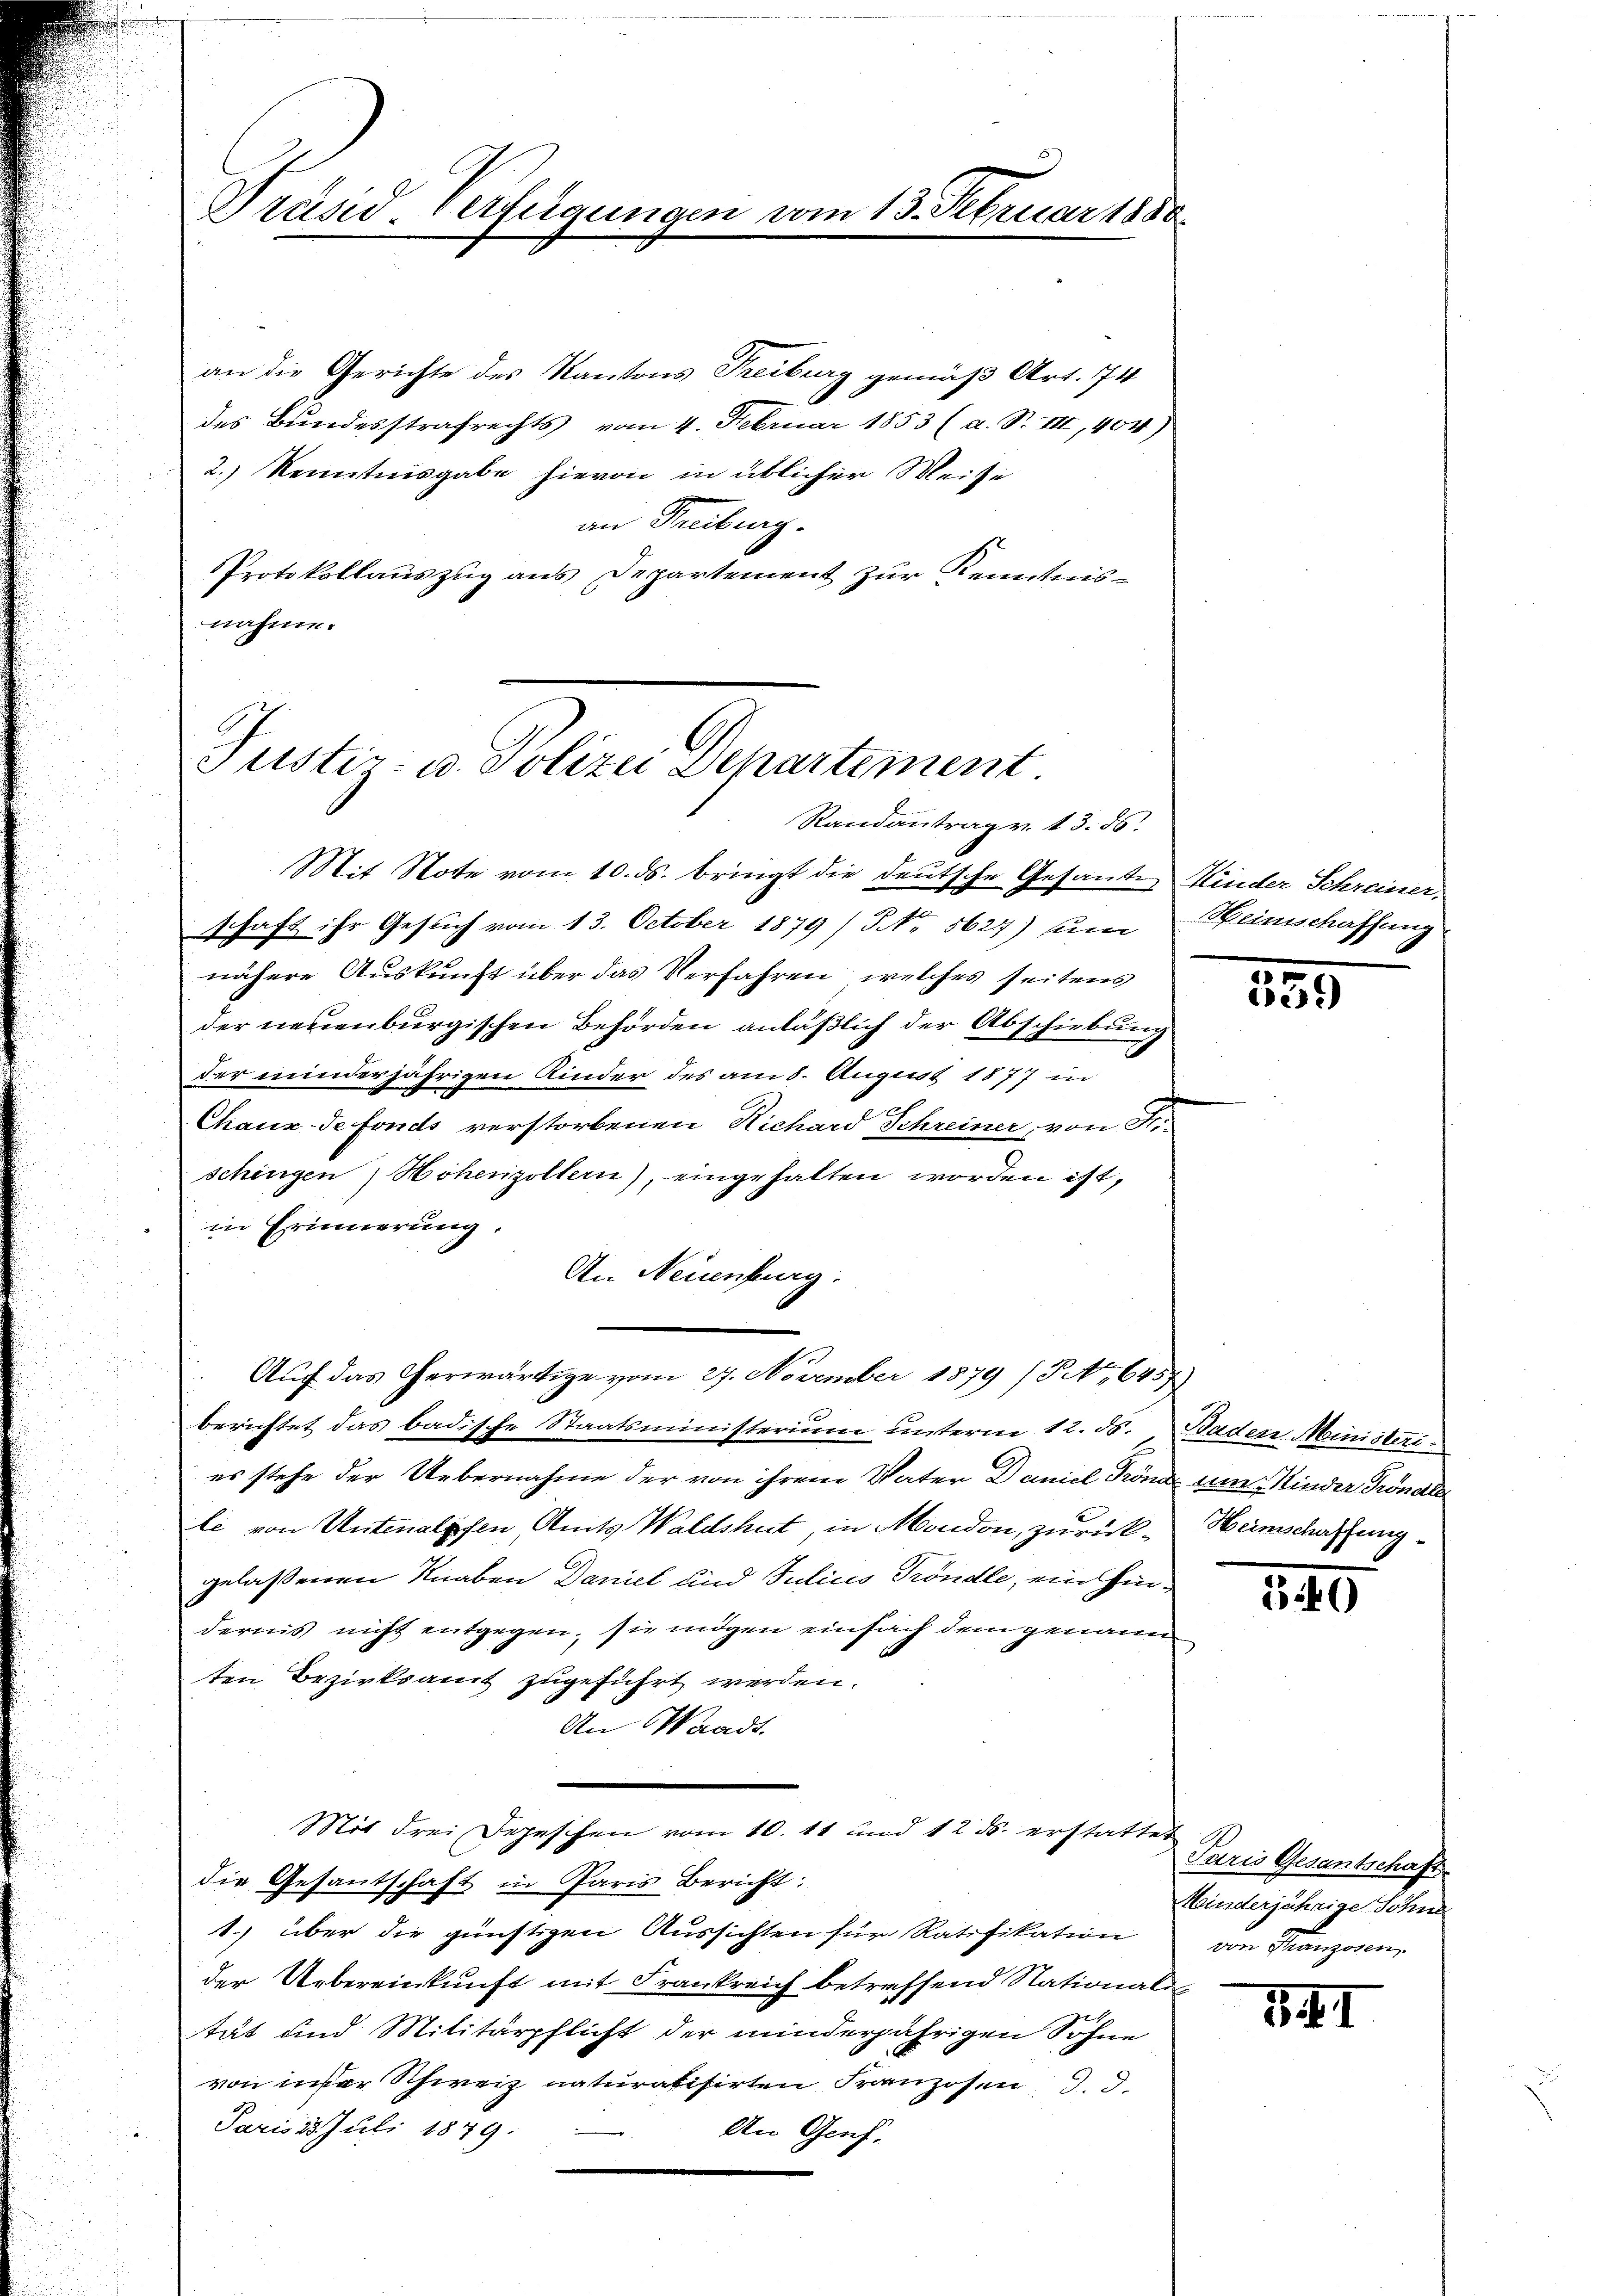
Präsid verfügungen vom 13. Februar 1880

an die Gerichte des Kantons Freiburg gemäß Art. 74
.
des Bundesstrafrechts vom 4. Februar 1853 (a. S. III, 404)
2.) Kenntnisgabe hievon in üblicher Weise
an Freiburg.
Protokollauszug aus Departement zur Kenntnis-
nahme.

Justiz- u. Polizei Departement
Randantrag v. 13. 86.

Mit Note vom 10. ds. bringt die deutsche Gesande Kinder Schreiner,
schaft ihr Gesuch vom 13. October 1879 / NNo. 5627) sum Weinschaffung
nähere Auskunft über das Verfahren, welches seitens
der neuenburgischen Behörden anläßlich der Abschiebung
der minderjährigen Kinder des am 8. August 1877 in
Chaux de fonds verstorbenen Richard Schreiner, von Fi-
schingen Hohenzollern), eingehalten worden ist,
in Erinnerung.
An Neuenburg.
Auf das Cherwärtige vom 27. November 1879 (Ao 645
berichtet das badische Staatsministerium unterm 12. d. Baden Ministeries stehe der Uebernahme der von ihrem Vater Daniel Trönd um Kinder Gröndle
le von Untenalpfen, Amts Waldshut, in Mondon, zurück-Heimschaffung
gelassenen Knaben Daniel und Julius Fröndle, ein Hindernis nicht entgegen, sie mögen einfach dem genann
ten Bezirksamt zugeführt werden.
An Waadt.
Mit drei Depeschen vom 10. 11 und 12 ds. erstattet
die Gesandschaft in Paris Bericht:
1.) über die günstigen Aussichten für Ratifikation
der Uebereinkunft mit Frankreich betreffend Nationalit
tät und Militärpflicht der minderjährigen Söhne
von iner Schweiz naturalisirten Franzosen d. d.
Paris 15. Juli 1879.
An Genf.

3
22)

140

Puris Gesantschaft
Minderjährige Söhne
von Franzosen,

341